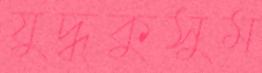
যুদ্ধকুসুম